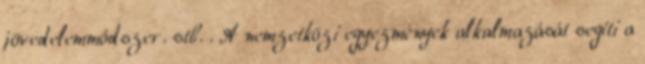
jövedelemmódszer. stb. . A nemzetközi egyezmények alkalmazását segíti a